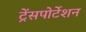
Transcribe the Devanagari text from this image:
ट्रेंसपोर्टेशन